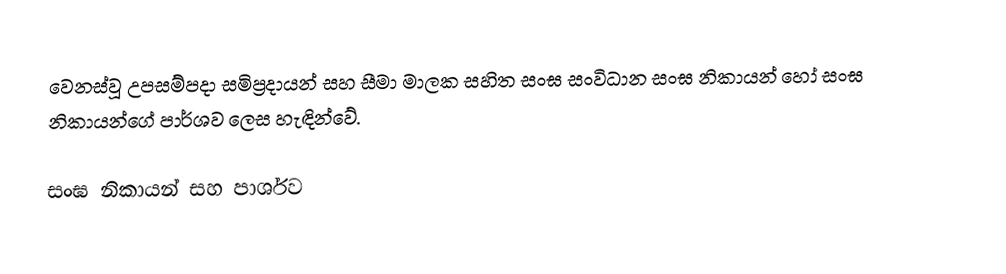
වෙනස්වූ උපසම්පදා සමිප්‍රදායන් සහ සීමා මාලක සහිත සංඝ සංවිධාන සංඝ නිකායන් හෝ  සංඝ නිකායන්ගේ පාර්ශව ලෙස හැඳින්වේ.

සංඝ නිකායන් සහ පාර්ශව